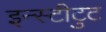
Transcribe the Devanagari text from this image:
इन्स्टीटुट